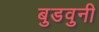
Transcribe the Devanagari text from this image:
बुडवुनी